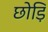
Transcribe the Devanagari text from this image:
छोड़ि